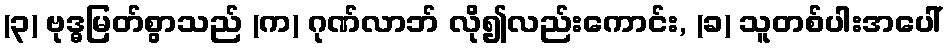
(၃) ဗုဒ္ဓမြတ်စွာသည် (က) ဂုဏ်လာဘ် လို၍လည်းကောင်း, (ခ) သူတစ်ပါးအပေါ်